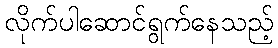
လိုက်ပါဆောင်ရွက်နေသည့်